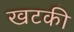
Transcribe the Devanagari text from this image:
खटकी